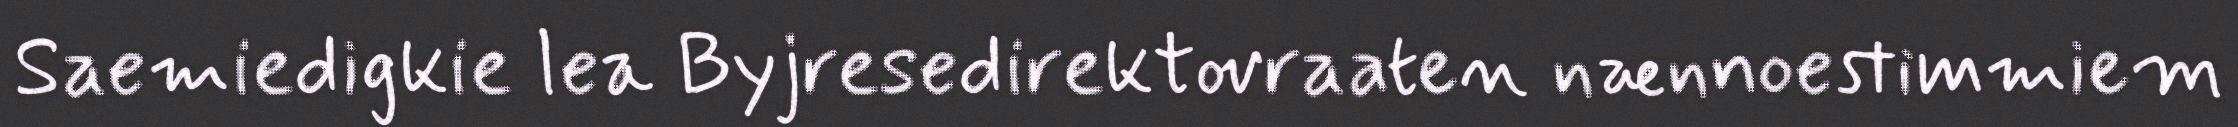
Saemiedigkie lea Byjresedirektovraaten nænnoestimmiem